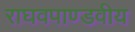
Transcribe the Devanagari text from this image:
राघवपाण्डवीय